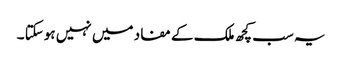
یہ سب کچھ ملک کے مفاد میں نہیں ہوسکتا ۔